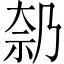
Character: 𪥑